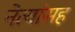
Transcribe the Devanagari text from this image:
नेत्यांसह